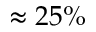
\approx 2 5 \%